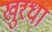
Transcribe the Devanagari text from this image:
खुरधा